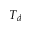
T _ { d }